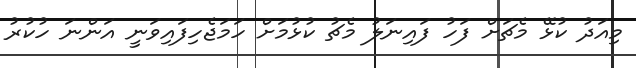
މިއަދު ކުޅޭ މެޗަށް ފަހު ފައިނަލު މެޗު ކުޅުމަށް ހަމަޖެހިފައިވަނީ އަންނަ ހުކުރު